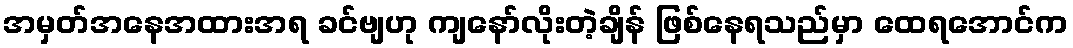
အမှတ်အနေအထားအရ ခင်ဗျဟု ကျနော်လိုးတဲ့ချိန် ဖြစ်နေရသည်မှာ ထေရအောင်က